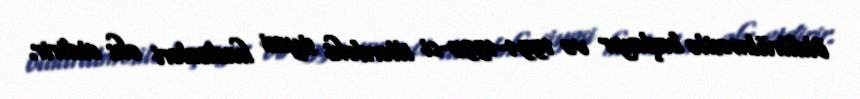
öldürülməsilə başlayır və 1994-1995-ci illərdəki siyasi hadisələri əks etdirir.